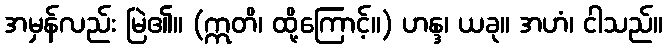
အမှန်လည်း မြဲ၏။ (ဣတိ၊ ထို့ကြောင့်။) ဟန္ဒ၊ ယခု။ အဟံ၊ ငါသည်။